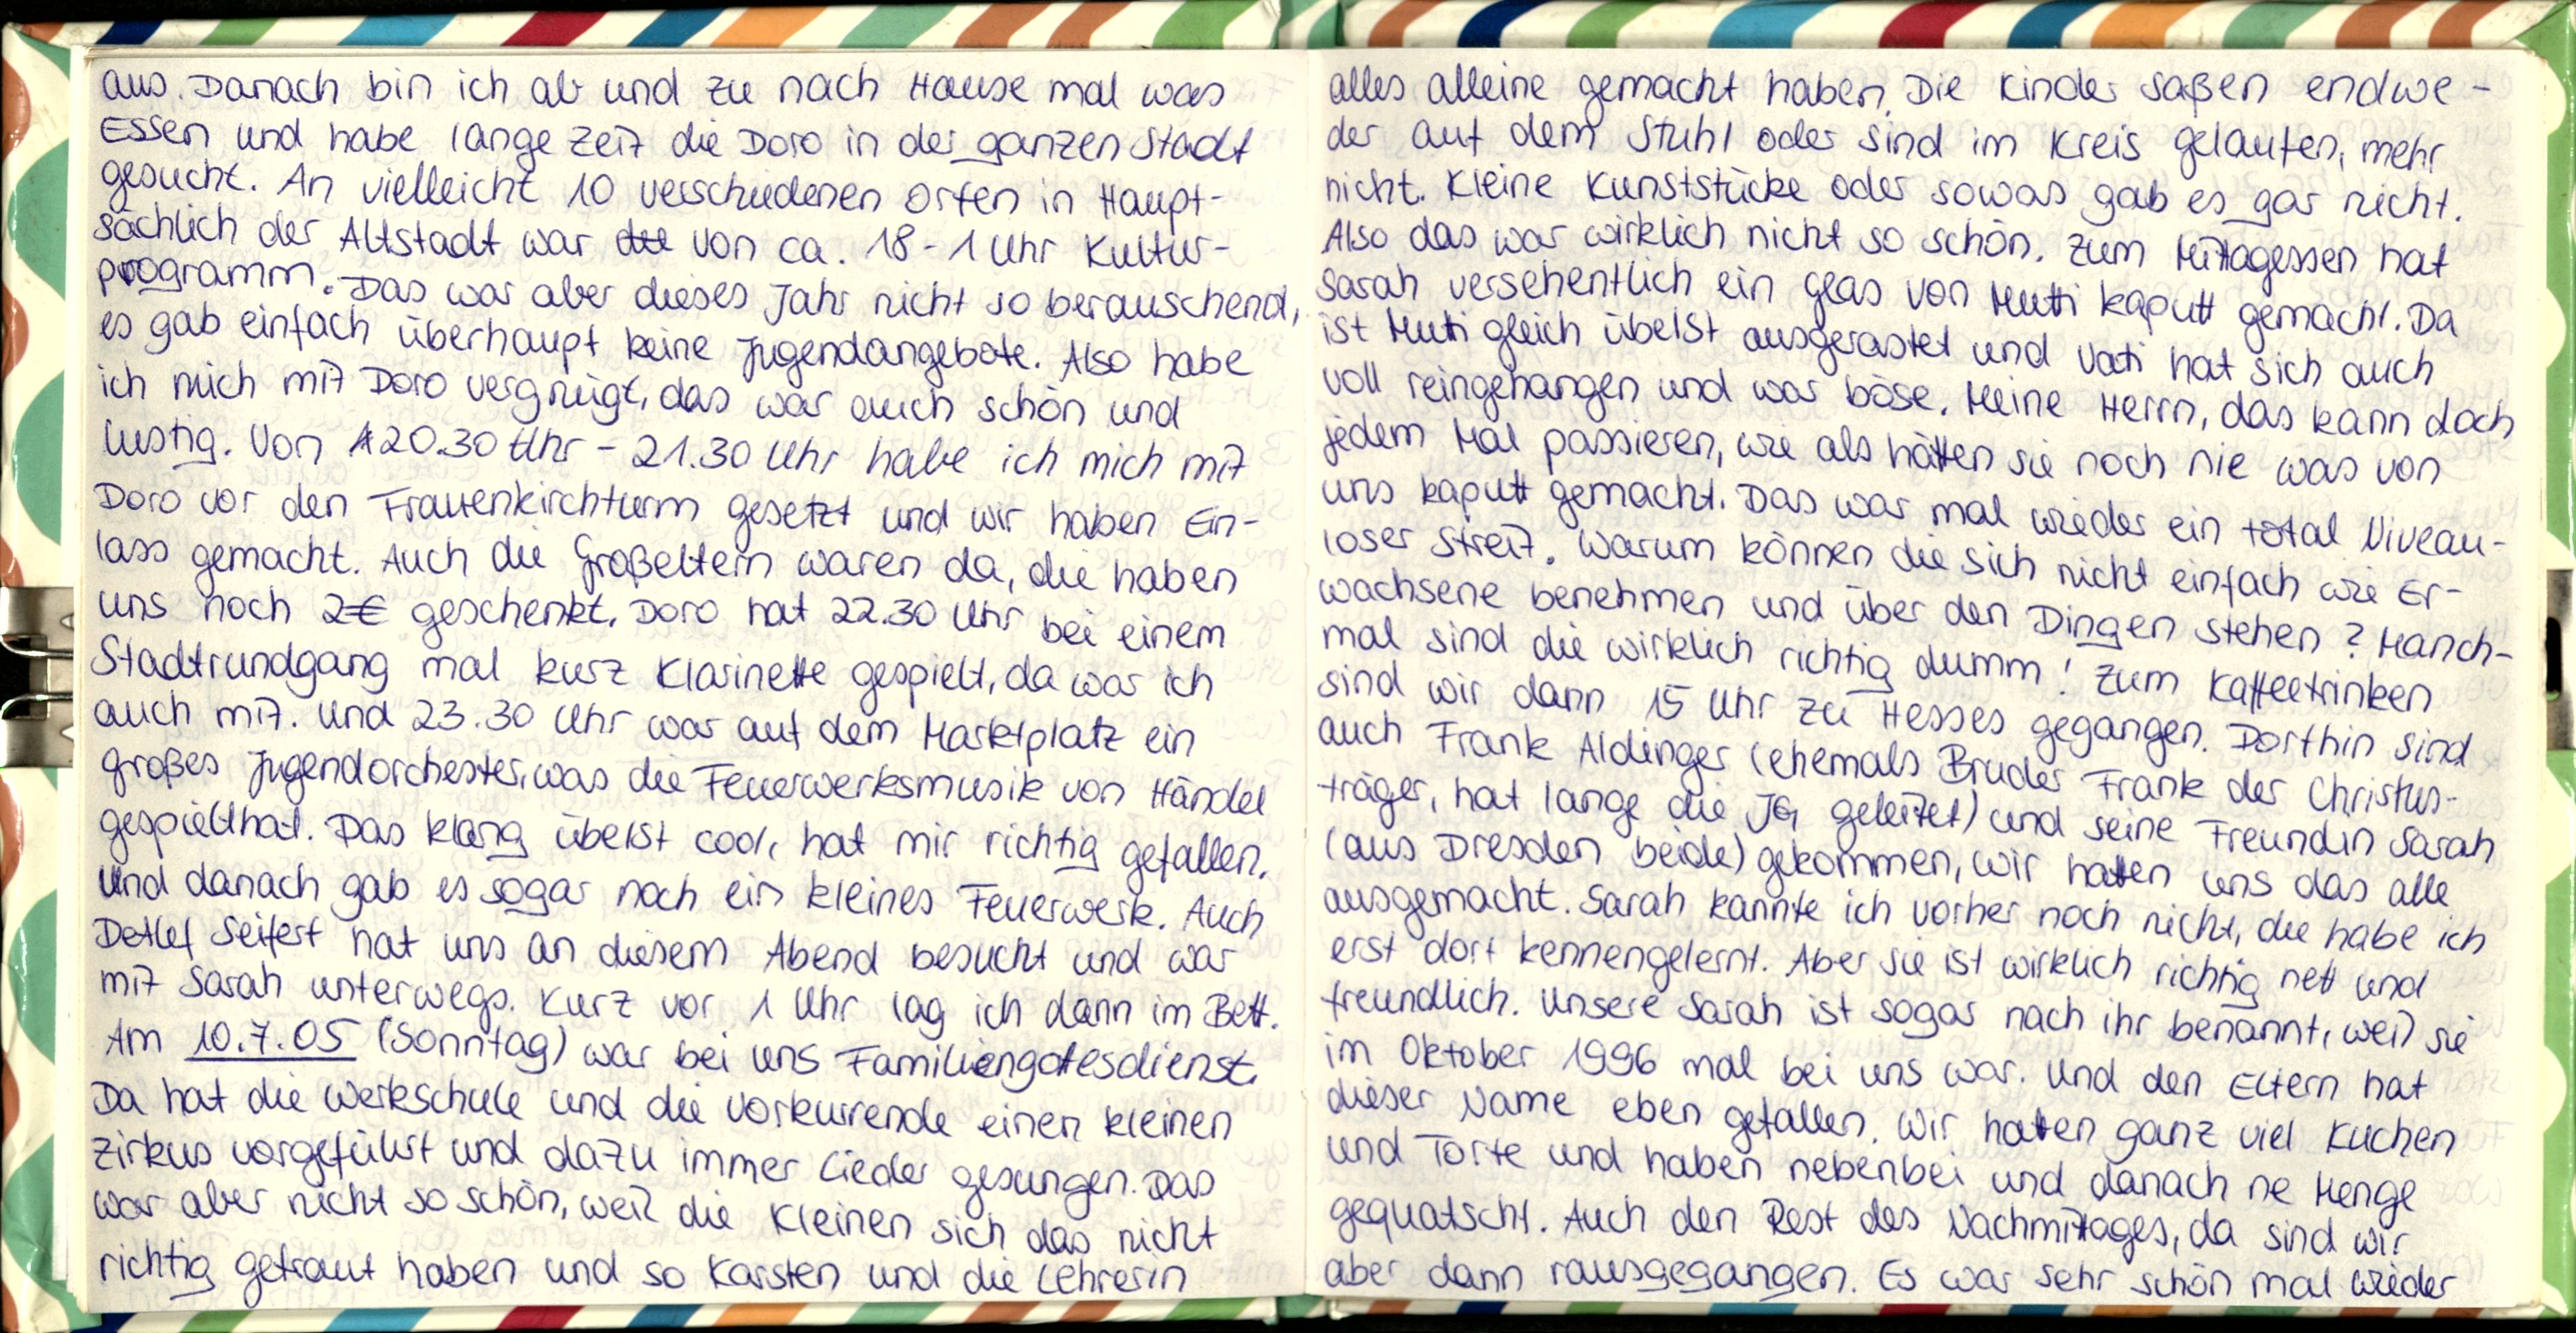
aus. Danach bin ich ab und zu nach Hause mal was
Essen und habe lange Zeit die Doro in der ganzen Stadt
gesucht. An vielleicht 10 verschiedenen Orten in Haupt-
sächlich der Altstadt war von ca. 18-1 Uhr Kultur-
programm. Das war aber dieses Jahr nicht so berauschend,
es gab einfach überhaupt keine Jugendangebote. Also habe
ich mich mit Doro vergnügt, das war auch schön und
lustig. Von 20.30 Uhr - 21.30 Uhr habe ich mich mit
Doro vor den Frauenkirchturm gesetzt und wir haben Ein-
lass gemacht. Auch die Großeltern waren da, die haben
uns noch 2€ geschenkt. Doro hat 22.30 Uhr bei einem
Stadtrundgang mal kurz Klarinette gespielt, da war ich
auch mit. Und 23.30 Uhr war auf dem Marktplatz ein
großes Jugendorchester, was die Feuerwerksmusik von Händel
gespielt hat. Das klang übelst cool, hat mir richtig gefallen,
und danach gab es sogar noch ein kleines Feuerwerk. Auch
Detlef Seifert hat uns an diesem Abend besucht und war
mit Sarah unterwegs. Kurz vor 1 Uhr lag ich dann im Bett,
Am 10.7.05 (Sonntag) war bei uns Familiengottesdienst,
Da hat die Werkschule und die Vorkurrende einen kleinen
Zirkus vorgeführt und dazu immer Lieder gesungen. Das
war aber nicht so schön, weil die Kleinen sich das nicht
richtig getraut haben und so Karsten und die Lehrerin

alles alleine gemacht haben. Die Kinder saßen endwe-
der auf dem Stuhl oder sind im Kreis gelaufen, mehr
nicht. Kleine Kunststücke oder sowas gab es gar nicht.
Also das war wirklich nicht so schön. Zum Mittagessen hat
Sarah versehentlich ein Glas von Mutti kaputt gemacht. Da
ist Mutti gleich übelst ausgerastet und Vati hat sich auch
voll reingehangen und war boöe. Meine Herrn, das kann doch
jedem Mal passieren, wie als hätten sie noch nie was von
uns kaputt gemacht. Das war mal wieder ein total Niveau-
loser Streit. Warum können die sich nicht einfach wie Er-
wachsene benehmen und über den Dingen stehen? Manch-
mal sind die wirklich richtig dumm! zum Kaffeetrinken
sind wir dann 15 Uhr zu Hesses gegangen. Dorthin sind
auch Frank Aldinger (ehemals Bruder Frank der Christus-
träger, hat lange die JG geleitet) und seine Freundin Sarah
(aus Dresden beide) gekommen, wir hatten uns das alle
ausgemacht. Sarah kannte ich vorher noch nicht, die habe ich
erst dort kennengelernt. Aber sie ist wirklich richtig nett und
freundlich. Unsere Sarah ist sogar nach ihr benannt, weil sie
im Oktober 1996 mal bei uns war. Und den Eltern hat
dieser Name eben gefallen. Wir hatten ganz viel Kuchen
und Torte und haben nebenbei und danach ne Menge
gequatscht. Auch den Rest des Nachmittages, da sind wir
aber dann rausgegangen. Es war sehr schön mal wieder